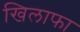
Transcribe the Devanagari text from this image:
खिलाफा